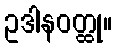
ဥဒါနဝတ္ထု။